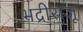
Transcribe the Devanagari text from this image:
भद्रीराजू